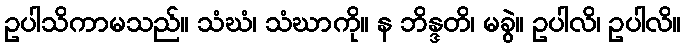
ဥပါသိကာမသည်။ သံဃံ၊ သံဃာကို။ န ဘိန္ဒတိ၊ မခွဲ။ ဥပါလိ၊ ဥပါလိ။